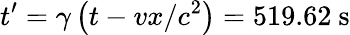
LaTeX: t^{\prime}=\gamma\left(t-vx/c^{2}\right)=519.62\ {\mathrm{s}}